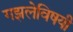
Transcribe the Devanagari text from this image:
गझलेविषयी